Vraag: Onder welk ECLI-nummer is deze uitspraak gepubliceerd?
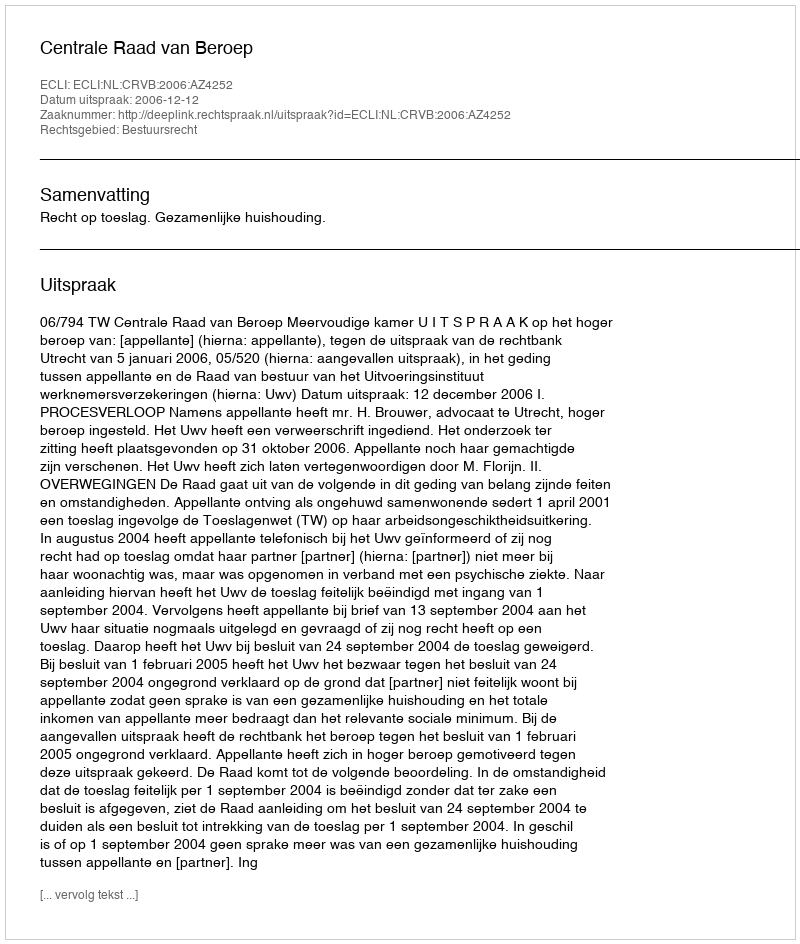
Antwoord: ECLI:NL:CRVB:2006:AZ4252